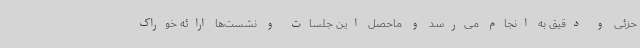
حزئی و دقیق به انجام می‌رسد و ماحصل این جلسات و نشست‌ها ارائه خوراک